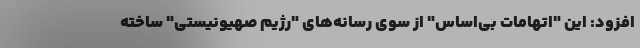
افزود: این "اتهامات بی‌اساس" از سوی رسانه‌های "رژیم صهیونیستی" ساخته